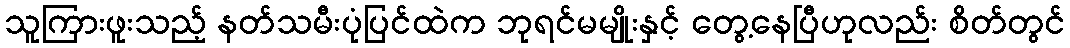
သူကြားဖူးသည့် နတ်သမီးပုံပြင်ထဲက ဘုရင်မမျိုးနှင့် တွေ့နေပြီဟုလည်း စိတ်တွင်